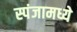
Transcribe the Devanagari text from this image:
स्पंजामध्ये